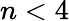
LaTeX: n<4